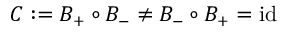
C : = B _ { + } \circ B _ { - } \not = B _ { - } \circ B _ { + } = \mathrm { i d }